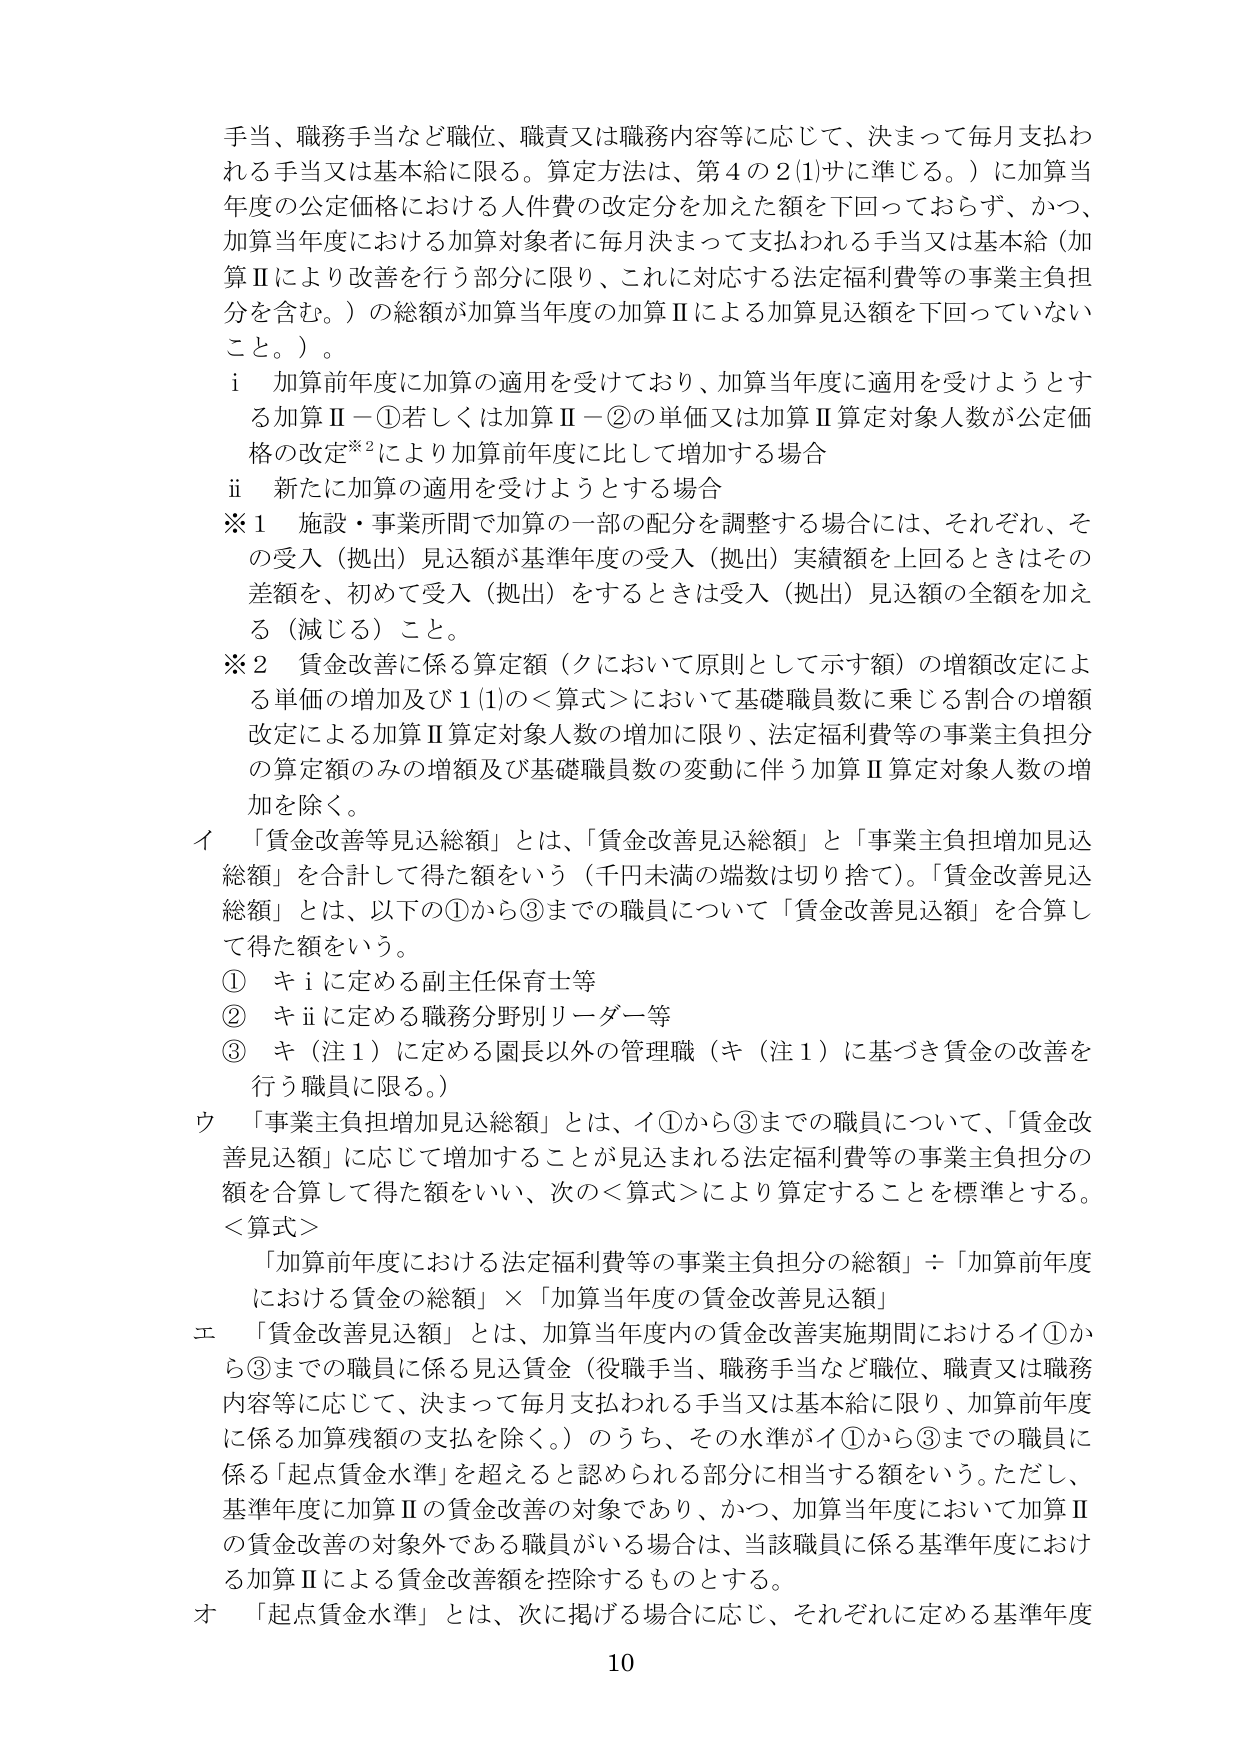
手当、職務手当など職位、職責又は職務内容等に応じて、決まって毎月支払われる手当又は基本給に限る。算定方法は、第４の２(1)サに準じる。）に加算当年度の公定価格における人件費の改定分を加えた額を下回っておらず、かつ、加算当年度における加算対象者に毎月決まって支払われる手当又は基本給（加算Ⅱにより改善を行う部分に限り、これに対応する法定福利費等の事業主負担分を含む。）の総額が加算当年度の加算Ⅱによる加算見込額を下回っていないこと。）。

ⅰ 加算前年度に加算の適用を受けており、加算当年度に適用を受けようとする加算Ⅱ－①若しくは加算Ⅱ－②の単価又は加算Ⅱ算定対象人数が公定価格の改定※2により加算前年度に比して増加する場合

ⅱ 新たに加算の適用を受けようとする場合

※1 施設・事業所間で加算の一部の配分を調整する場合には、それぞれ、その受入（拠出）見込額が基準年度の受入（拠出）実績額を上回るときはその差額を、初めて受入（拠出）をするときは受入（拠出）見込額の全額を加える（減じる）こと。

※2 賃金改善に係る算定額（クにおいて原則として示す額）の増額改定による単価の増加及び1(1)の＜算式＞において基礎職員数に乗じる割合の増額改定による加算Ⅱ算定対象人数の増加に限り、法定福利費等の事業主負担分の算定額のみの増額及び基礎職員数の変動に伴う加算Ⅱ算定対象人数の増加を除く。

イ 「賃金改善等見込総額」とは、「賃金改善見込総額」と「事業主負担増加見込総額」を合計して得た額をいう（千円未満の端数は切り捨て）。「賃金改善見込総額」とは、以下の①から③までの職員について「賃金改善見込額」を合算して得た額をいう。

① キⅰに定める副主任保育士等

② キⅱに定める職務分野別リーダー等

③ キ（注１）に定める園長以外の管理職（キ（注１）に基づき賃金の改善を行う職員に限る。）

ウ 「事業主負担増加見込総額」とは、イ①から③までの職員について、「賃金改善見込額」に応じて増加することが見込まれる法定福利費等の事業主負担分の額を合算して得た額をいい、次の＜算式＞により算定することを標準とする。

＜算式＞
「加算前年度における法定福利費等の事業主負担分の総額」÷「加算前年度における賃金の総額」×「加算当年度の賃金改善見込額」

エ 「賃金改善見込額」とは、加算当年度内の賃金改善実施期間におけるイ①から③までの職員に係る見込賃金（役職手当、職務手当など職位、職責又は職務内容等に応じて、決まって毎月支払われる手当又は基本給に限り、加算前年度に係る加算残額の支払を除く。）のうち、その水準がイ①から③までの職員に係る「起点賃金水準」を超えると認められる部分に相当する額をいう。ただし、基準年度に加算Ⅱの賃金改善の対象であり、かつ、加算当年度において加算Ⅱの賃金改善の対象外である職員がいる場合は、当該職員に係る基準年度における加算Ⅱによる賃金改善額を控除するものとする。

オ 「起点賃金水準」とは、次に掲げる場合に応じ、それぞれに定める基準年度

10